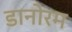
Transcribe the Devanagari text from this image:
डानोरम